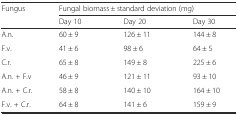
| <ROWSPAN=2> Fungus | <COLSPAN=3> Fungal biomass ± standard deviation (mg) |
 | Day 10 | Day 20 | Day 30 |
 | --- | --- | --- | --- |
 | A.n. | 60 ± 9 | 126 ± 11 | 144 ± 8 |
 | F.v. | 41 ± 6 | 98 ± 6 | 64 ± 5 |
 | C.r. | 65 ± 8 | 149 ± 8 | 225 ± 6 |
 | A.n. + F.v | 46 ± 9 | 121 ± 11 | 93 ± 10 |
 | A.n. + C.r. | 58 ± 8 | 140 ± 10 | 164 ± 10 |
 | F.v. + C.r. | 64 ± 8 | 141 ± 6 | 159 ± 9 |